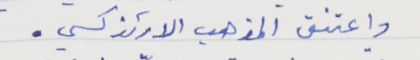
واعتنق المذهب الارثذكسي.